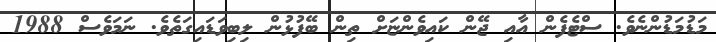
މަޑުމަޑުންނެވެ. ސްޓެފެން އާއި ޖޭން ކައިވެންޏަށް ތިން ބޭފުޅުން ލިބިވަޑައިގަތެވެ. ނަމަވެސް 1988